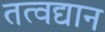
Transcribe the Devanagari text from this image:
तत्वद्यान